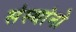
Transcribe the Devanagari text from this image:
संस्थांनो